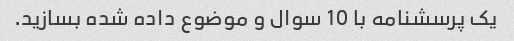
یک پرسشنامه با 10 سوال و موضوع داده شده بسازید.